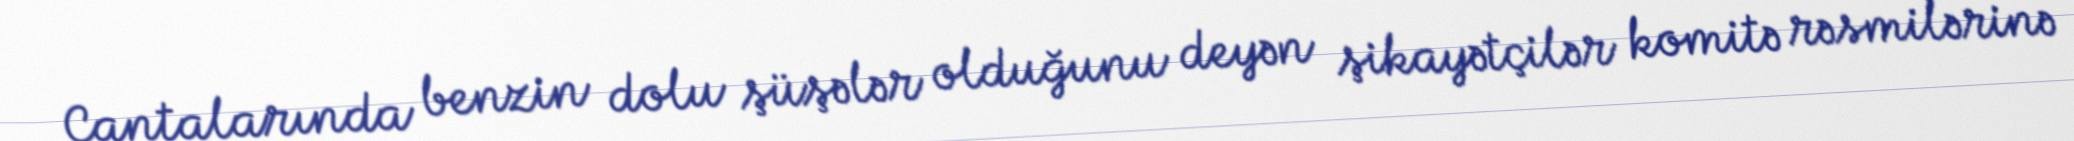
Çantalarında benzin dolu şüşələr olduğunu deyən şikayətçilər komitə rəsmilərinə